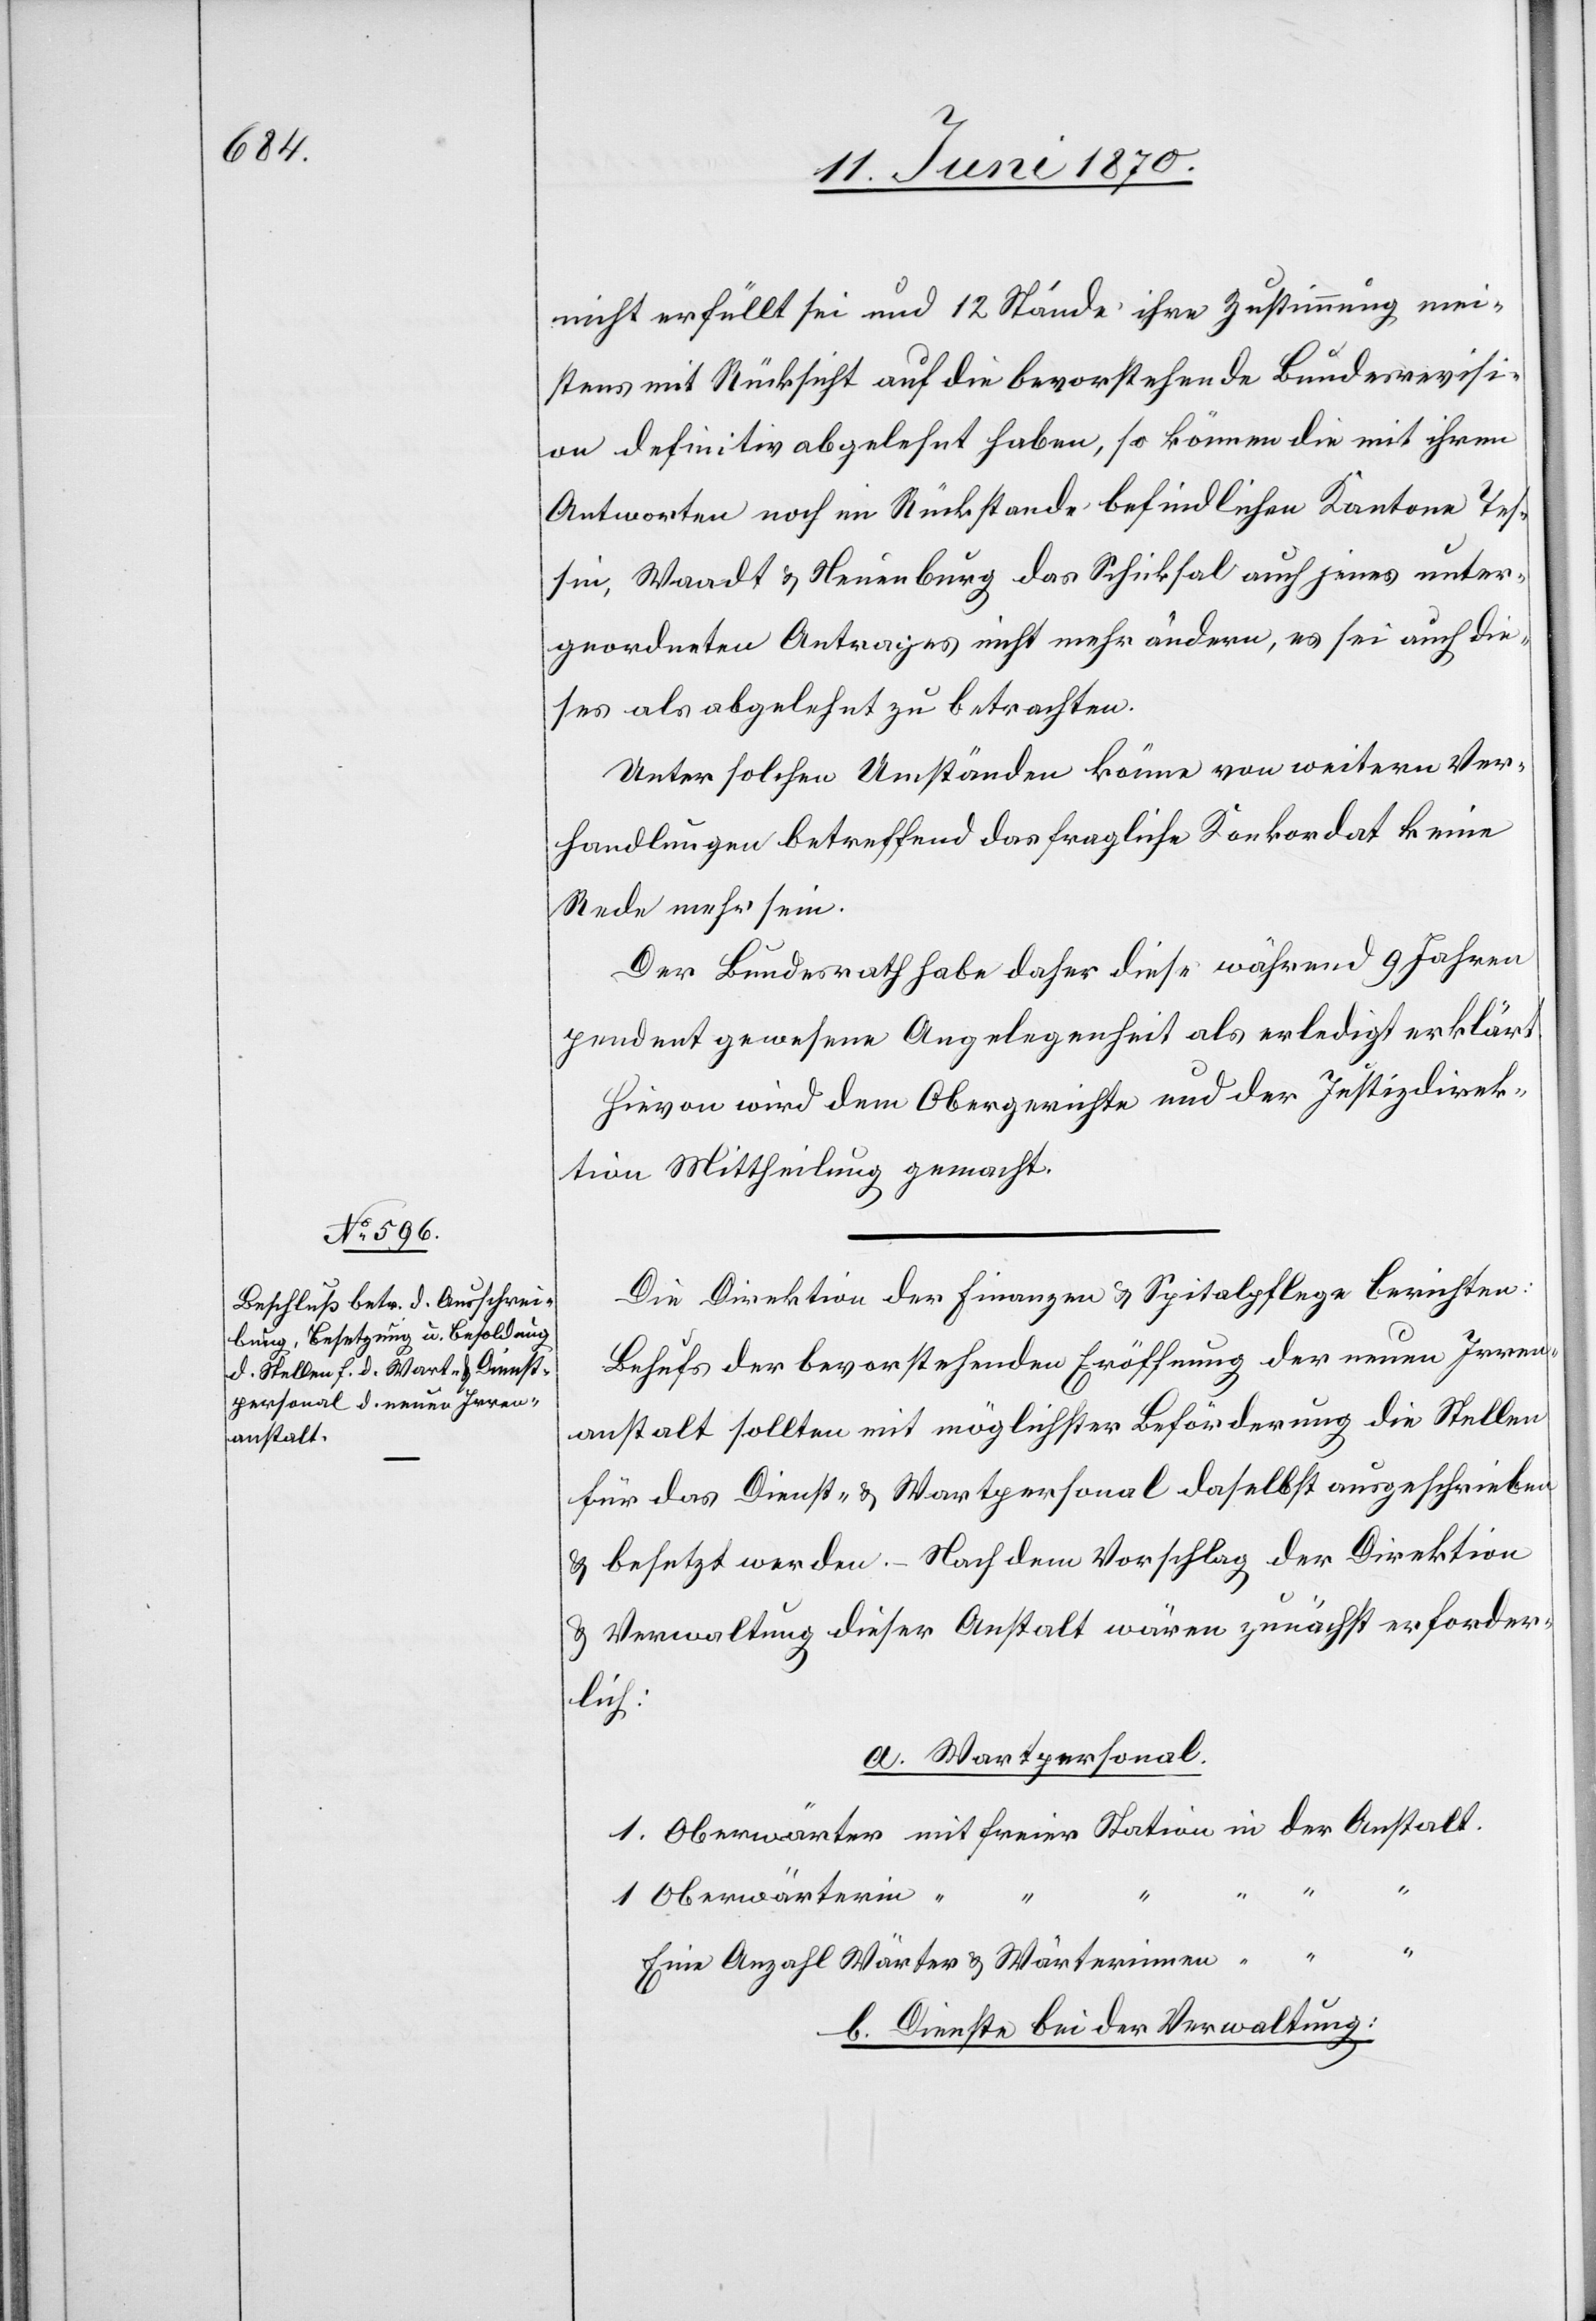
nicht erfüllt sei und 12 Stände ihre Zustimmung mei¬
stens mit Rücksicht auf die bevorstehende Bundesrevisi¬
on definitiv abgelehnt haben, so können die mit ihren
Antworten noch im Rückstande befindlichen Kantone Tes¬
sin, Waadt & Neuenburg das Schicksal auch jenes unter¬
geordneten Antrages nicht mehr ändern, es sei auch die¬
ses als abgelehnt zu betrachten.
Unter solchen Umständen könne von weitern Ver¬
handlungen betreffend das fragliche Konkordat keine
Rede mehr sein.
Der Bundesrath habe daher diese während 9 Jahren
pendent gewesene Angelegenheit als erledigt erklärt.
Hievon wird dem Obergerichte und der Justizdirek¬
tion Mittheilung gemacht.
Die Direktion der Finanzen & Spitalpflege berichten:
Behufs der bevorstehenden Eröffnung der neuen Irren¬
anstalt sollten mit möglichster Beförderung die Stellen
für das Dienst- & Wartpersonal daselbst ausgeschrieben
& besetzt werden. Nach dem Vorschlag der Direktion
& Verwaltung dieser Anstalt wären zunächst erforder¬
lich:
a. Wartpersonal.
1 Oberwärter mit freier Station in der Anstalt.
1 Oberwärterin
“
Eine Anzahl Wärter & Wärterinnen “
b. Dienste bei der Verwaltung: